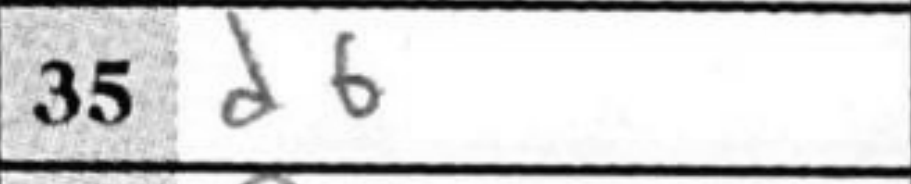
Transcription: d6